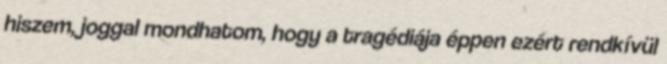
hiszem, joggal mondhatom, hogy a tragédiája éppen ezért rendkívül